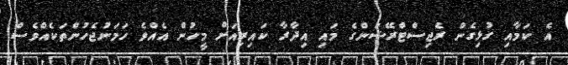
އެ ކަމާއި ގުޅިގެން ރެޖިސްޓްރޭޝަންގެ މައި އިދާރާ ކައިރިއަށް މީހުން އެއްވެ ހަމަނުޖެހުންތަކެއްވެސް